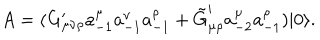
A = ( G _ { \mu \nu \rho } ^ { \prime } a _ { - 1 } ^ { \mu } a _ { - 1 } ^ { \nu } a _ { - 1 } ^ { \rho } + \tilde { G } _ { \mu \rho } ^ { \prime } a _ { - 2 } ^ { \mu } a _ { - 1 } ^ { \rho } ) | 0 \rangle .